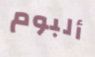
ألبوم